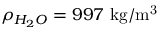
\rho _ { H _ { 2 } O } = 9 9 7 ~ \mathrm { k g / m ^ { 3 } }